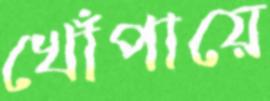
খোঁপায়ে